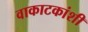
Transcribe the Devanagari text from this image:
वाकाटकांशी